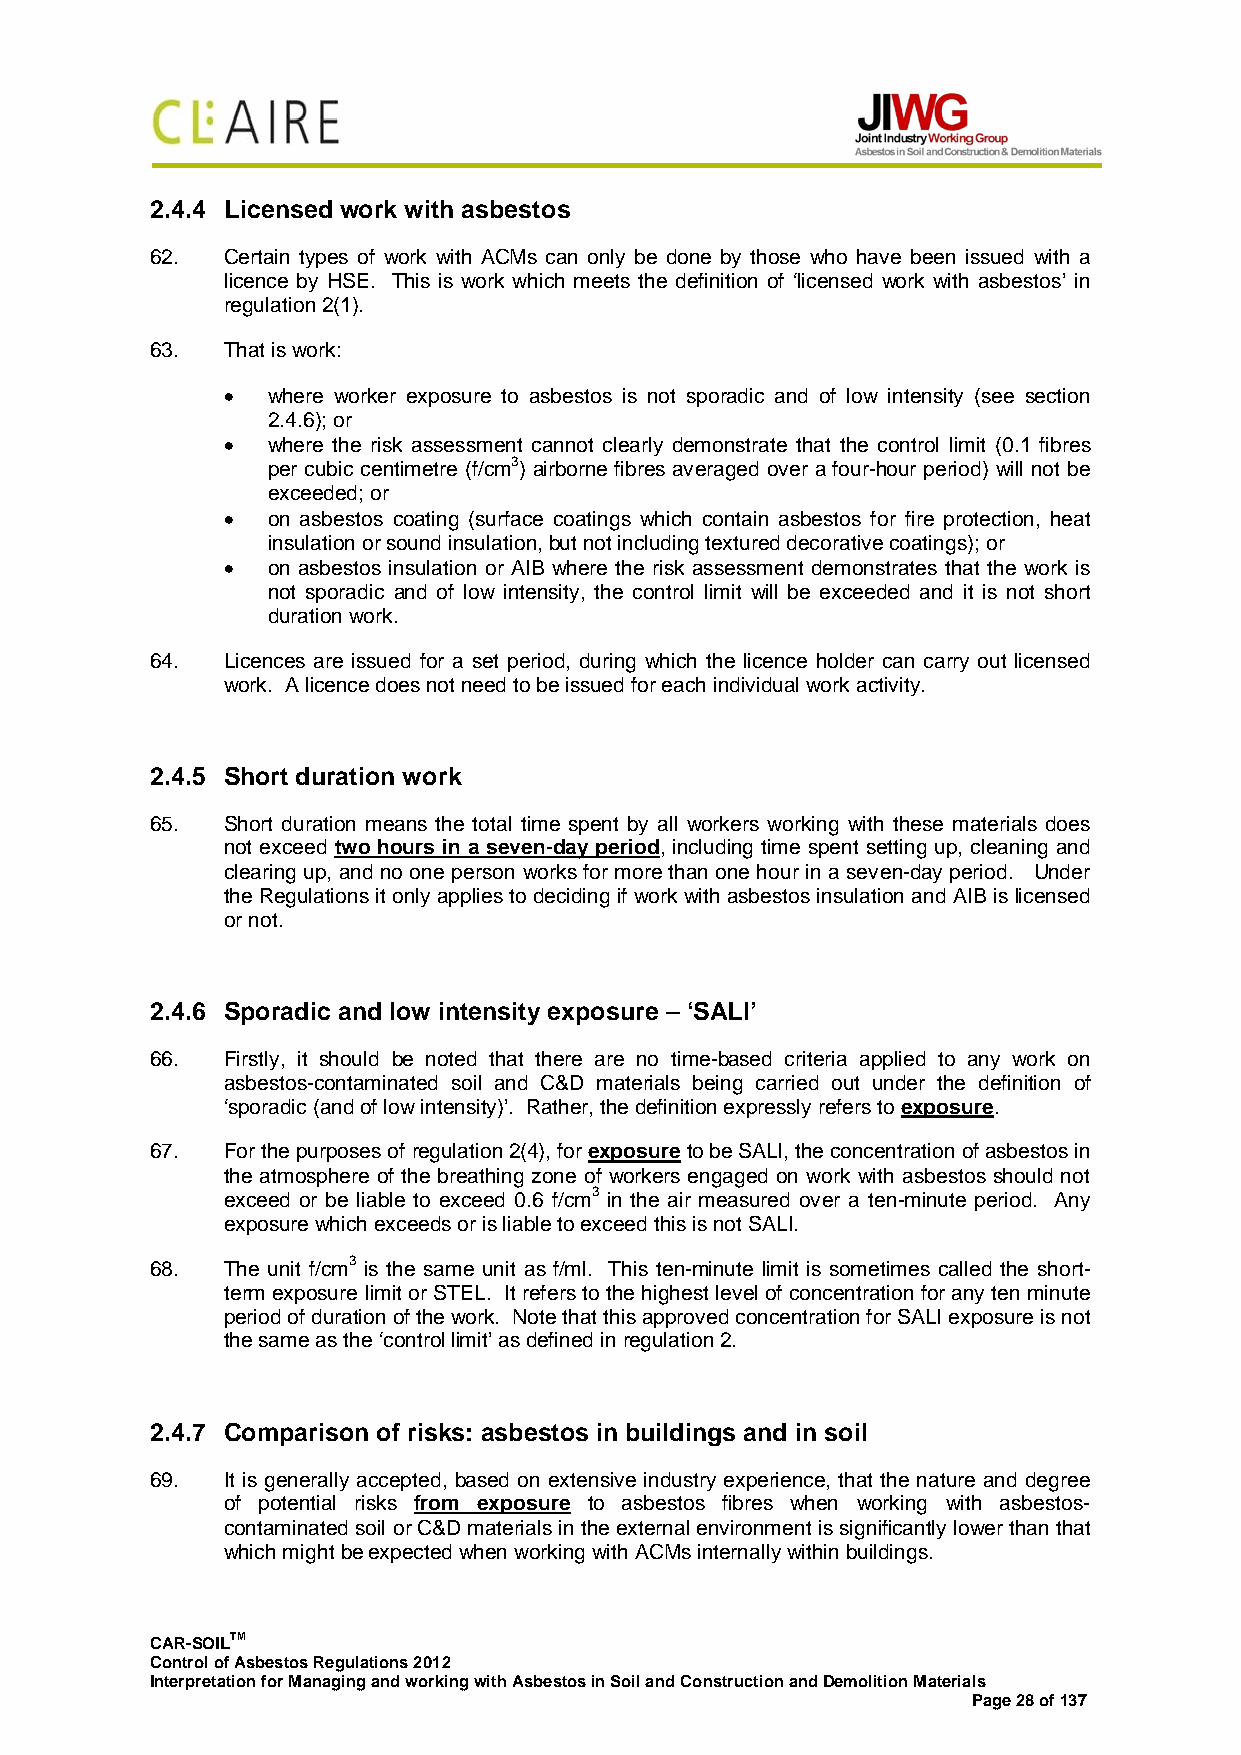
2.4.4 Licensed work with asbestos
 62.  Certain types of work with ACMs can only be done by those who have been issued with a
 licence by HSE. This is work which meets the definition of ‘licensed work with asbestos’ in
 regulation 2(1).
 63.  That is work:
 •  where worker exposure to asbestos is not sporadic and of low intensity (see section
 2.4.6); or
 •  where the risk assessment cannot clearly demonstrate that the control limit (0.1 fibres
 per cubic centimetre (f/cm3) airborne fibres averaged over a four-hour period) will not be
 exceeded; or
 •  on asbestos coating (surface coatings which contain asbestos for fire protection, heat
 insulation or sound insulation, but not including textured decorative coatings); or
 •  on asbestos insulation or AIB where the risk assessment demonstrates that the work is
 not sporadic and of low intensity, the control limit will be exceeded and it is not short
 duration work.
 64.  Licences are issued for a set period, during which the licence holder can carry out licensed
 work. A licence does not need to be issued for each individual work activity.
 2.4.5 Short duration work
 65.  Short duration means the total time spent by all workers working with these materials does
 not exceed two hours in a seven-day period, including time spent setting up, cleaning and
 clearing up, and no one person works for more than one hour in a seven-day period. Under
 the Regulations it only applies to deciding if work with asbestos insulation and AIB is licensed
 or not.
 2.4.6 Sporadic and low intensity exposure – ‘SALI’
 66.  Firstly, it should be noted that there are no time-based criteria applied to any work on
 asbestos-contaminated soil and C&D materials being carried out under the definition of
 ‘sporadic (and of low intensity)’. Rather, the definition expressly refers to exposure.
 67.  For the purposes of regulation 2(4), for exposure to be SALI, the concentration of asbestos in
 the atmosphere of the breathing zone of workers engaged on work with asbestos should not
 exceed or be liable to exceed 0.6 f/cm3 in the air measured over a ten-minute period. Any
 exposure which exceeds or is liable to exceed this is not SALI.
 68.  The unit f/cm3 is the same unit as f/ml. This ten-minute limit is sometimes called the short-
 term exposure limit or STEL. It refers to the highest level of concentration for any ten minute
 period of duration of the work. Note that this approved concentration for SALI exposure is not
 the same as the ‘control limit’ as defined in regulation 2.
 2.4.7 Comparison of risks: asbestos in buildings and in soil
 69.  It is generally accepted, based on extensive industry experience, that the nature and degree
 of potential risks from exposure to asbestos fibres when working with asbestos-
 contaminated soil or C&D materials in the external environment is significantly lower than that
 which might be expected when working with ACMs internally within buildings.
 CAR-SOILTM
 Control of Asbestos Regulations 2012
 Interpretation for Managing and working with Asbestos in Soil and Construction and Demolition Materials
 Page 28 of 137